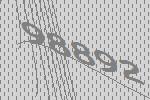
98892